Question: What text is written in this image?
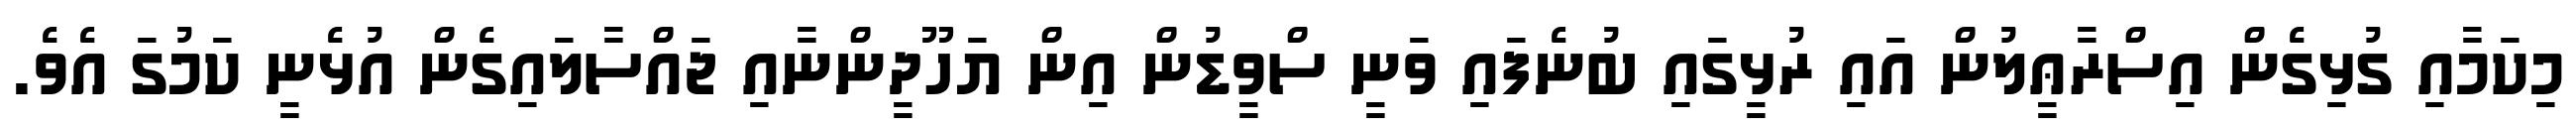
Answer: މިކަމާއި ގުޅިގެން އިސްރާޢީލުން އައި ރުޅީގައި ބުނެފައި ވަނީ ސްވީޑުން އިން ޔަހޫދީންނާއި ޖައްސާލައިގެން އުޅެނީ ކަމުގަ އެވެ.